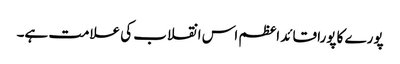
پورے کا پورا قائد اعظم اس انقلاب کی علامت ہے۔